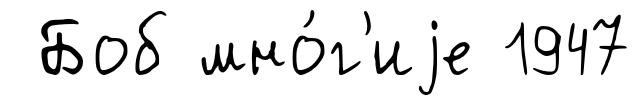
Боб мно́г'иjе 1947